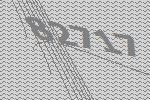
82717